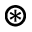
\circledast